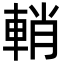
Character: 輎